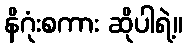
နိဂုံးစကား ဆိုပါရဲ့။